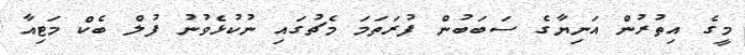
މީގެ އިތުރުން އަނިޔާގެ ސަބަބުން ފުރަތަމަ މެޗުގައި ނުކުޅެވުނު ފުލް ބެކް މަޓިއާ